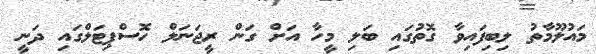
މައުލޫމާތު ލިބިފައިވާ ގޮތުގައި ބަލި މީހާ އަށް ގަން ރީޖަނަލް ހޮސްޕިޓަލްގައި ދަނީ